Source: Handwritten
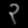
Digit: ၃ (3)